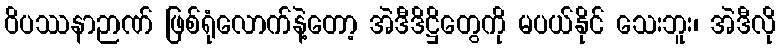
ဝိပဿနာဉာဏ် ဖြစ်ရုံလောက်နဲ့တော့ အဲဒီဒိဋ္ဌိတွေကို မပယ်နိုင် သေးဘူး၊ အဲဒီလို